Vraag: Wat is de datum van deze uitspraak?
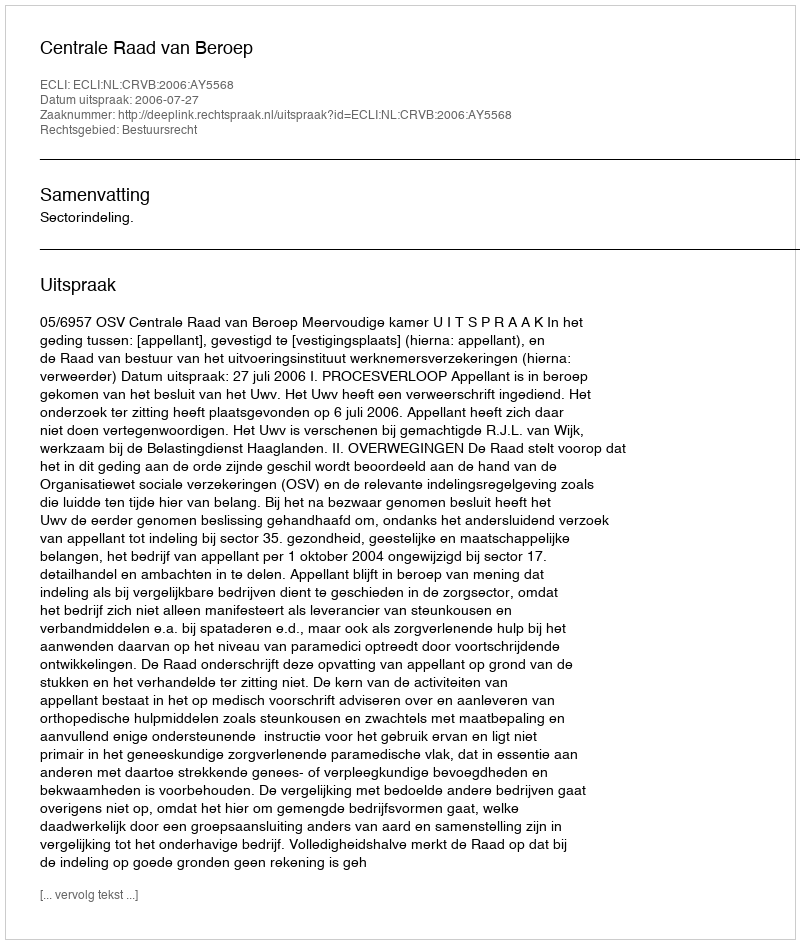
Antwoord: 2006-07-27